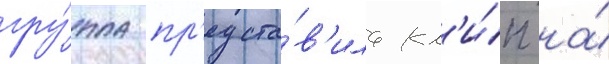
гру́ппа пр'едста́в'ила кл'и́п на́